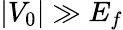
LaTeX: |V_{0}|\gg E_{f}